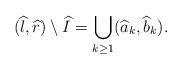
LaTeX: \begin{align*}(\widehat{l},\widehat{r})\setminus \widehat{I}=\bigcup_{k\geq 1}(\widehat{a}_k,\widehat{b}_k). \end{align*}